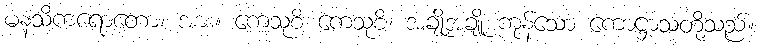
မနသိကရောတော၊ အား။ ကေသုစိ ကေသုစိ၊ အချို့အချို့ ကုန်သော ကောဋ္ဌာသတို့သည်။